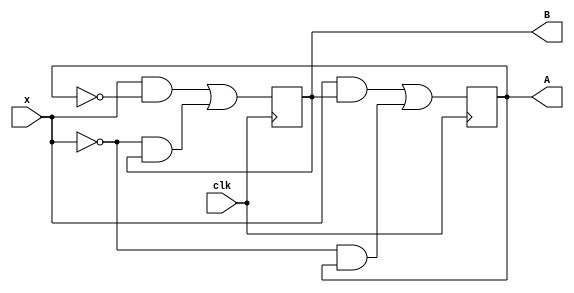
module mach(A,B,x,clk);

input x;
input clk;
output A; 
output B;

reg A; reg B;
wire nx;
reg temp;
not (nx,x);

initial 
begin

A=0;
B=0;

end

always @(posedge clk)

begin
temp= (x&&B) || (nx&&A);
B= (x&&(!A)) || (nx&&B);
A = temp;

end
endmodule